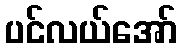
ပင်လယ်အော်